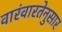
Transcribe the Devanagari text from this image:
वारंवारतेनुसार